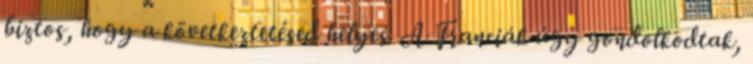
biztos, hogy a következtetésed helyes. A Franciák úgy gondolkodtak,